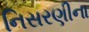
નિસરણીના